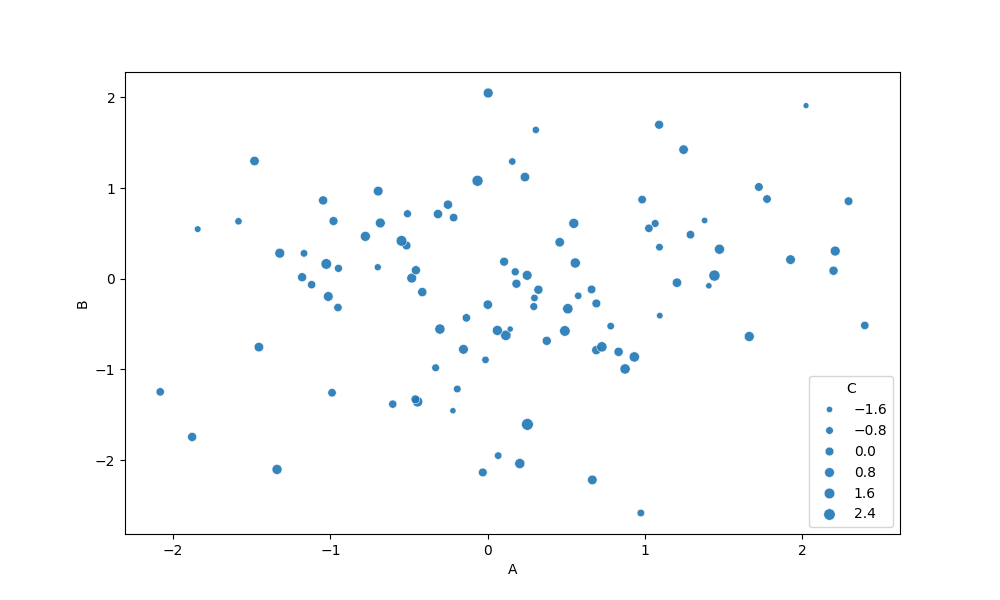
python, seaborn, scatterplot, hue='None', style='None', size='C', palette='deep', alpha=0.9